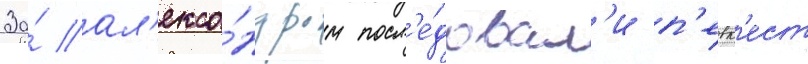
За́ ал'екса́ндром посл'е́довал'и п'евк'ест